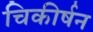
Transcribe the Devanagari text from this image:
चिकीर्षन